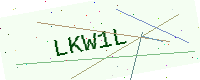
Text: LKW1L